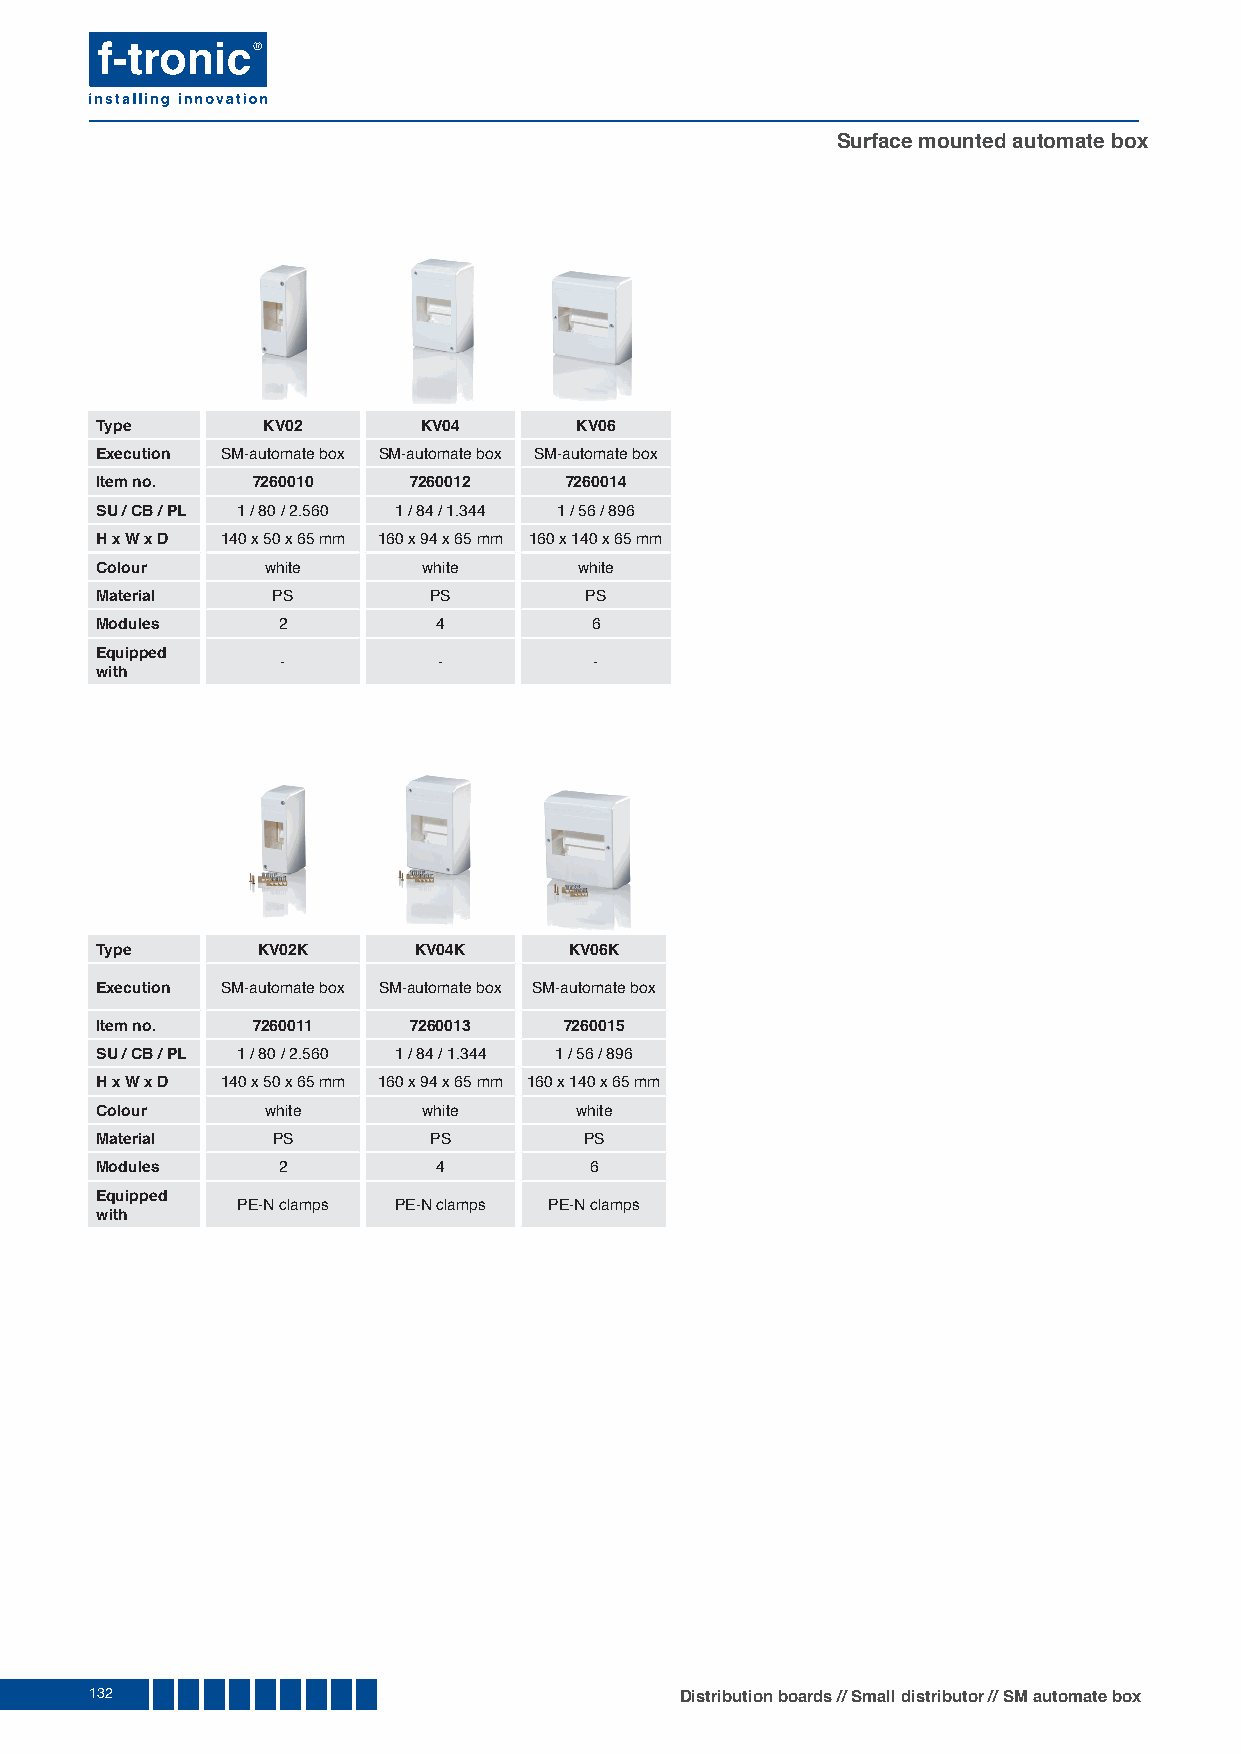
Surface mounted automate box
 Type       KV02       KV04      KV06
 Execution SM-automate box SM-automate box SM-automate box
 Item no.   7260010   7260012   7260014
 SU / CB / PL 1 / 80 / 2.560 1 / 84 / 1.344 1 / 56 / 896
 H x W x D 140 x 50 x 65 mm 160 x 94 x 65 mm 160 x 140 x 65 mm
 Colour      white     white     white
 Material    PS        PS         PS
 Modules     2          4         6
 Equipped
 -         -         -
 with
 Type       KV02K     KV04K      KV06K
 Execution SM-automate box SM-automate box SM-automate box
 Item no.   7260011   7260013   7260015
 SU / CB / PL 1 / 80 / 2.560 1 / 84 / 1.344 1 / 56 / 896
 H x W x D 140 x 50 x 65 mm 160 x 94 x 65 mm 160 x 140 x 65 mm
 Colour      white     white     white
 Material    PS        PS         PS
 Modules     2          4         6
 Equipped
 PE-N clamps PE-N clamps PE-N clamps
 with
 132                                    Distribution boards // Small distributor // SM automate box